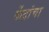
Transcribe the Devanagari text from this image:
केंद्रांचा